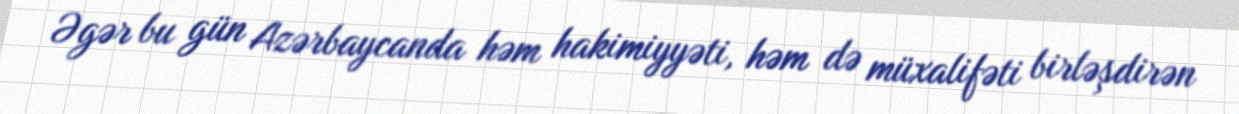
Əgər bu gün Azərbaycanda həm hakimiyyəti, həm də müxalifəti birləşdirən